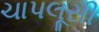
ચાપલૂસી